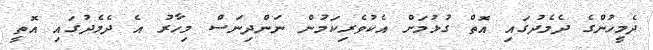
ދެމީހުންގެ ދެމެދުގައި އޮތް ގުޅުމަށް އެކުވެރިކަމުން ނަންދިނަސް މިހާރު އެ ދެމެދުގައި އޮތީ